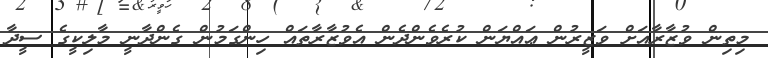
މިތިން ވުޒާރާއަށް ވަޒީރުން ޢައްޔަން ކުރެވެންދެން އެވުޒާރާތައް ހިންގަމުން ގެންދާނީ މާލިކީގެ ސީދާ